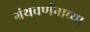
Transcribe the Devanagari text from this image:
ग्रंथवर्णनाच्या